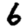
Digit: 6